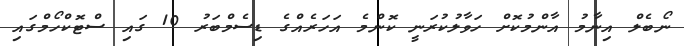
ނޯބެލް އިނާމު އާންމުކޮށް ހަވާލުކުރަނީ ކޮންމެ އަހަރެއްގެ ޑިސެމްބަރު 10 ގައި ސްޓޮކްހޯމްގައި